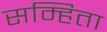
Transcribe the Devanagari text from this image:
सम्हिता